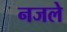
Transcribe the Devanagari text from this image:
नजले